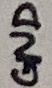
Text: GND